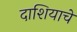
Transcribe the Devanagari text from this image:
दाशियाचे